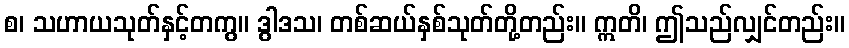
စ၊ သဟာယသုတ်နှင့်တကွ။ ဒွါဒသ၊ တစ်ဆယ်နှစ်သုတ်တို့တည်း။ ဣတိ၊ ဤသည်လျှင်တည်း။